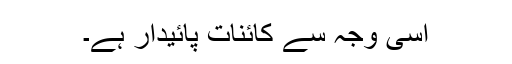
اسی وجہ سے کائنات پائیدار ہے۔